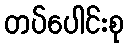
တပ်ပေါင်းစု